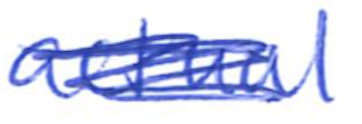
Text: actual
Cross-out: scratch
Writing tool: ballpoint